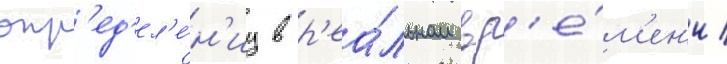
опр'ед'ел'е́н'иу в р'еа́льном вр'е́м'ен'и